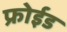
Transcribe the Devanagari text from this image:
फ्रोईड